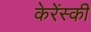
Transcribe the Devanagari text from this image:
केरेंस्की